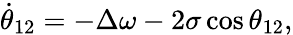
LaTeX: \dot{\theta}_{12}=-\Delta\omega-2\sigma\cos\theta_{12},